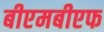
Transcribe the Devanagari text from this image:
बीएमबीएफ